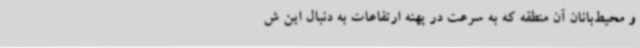
و محیط‌بانان آن منطقه که به سرعت در پهنه ارتفاعات به ‌دنبال این ش